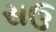
સઉ